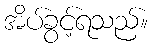
အိပ်ခွင့်ရသည်။